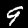
Digit: 9